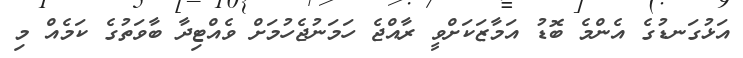
އަޅުގަނޑުގެ އެންމެ ބޮޑު އަމާޒަކަށްވީ ރާއްޖެ ހަމަނުޖެހުމަށް ވެއްޓިދާ ބާވަތުގެ ކަމެއް މި